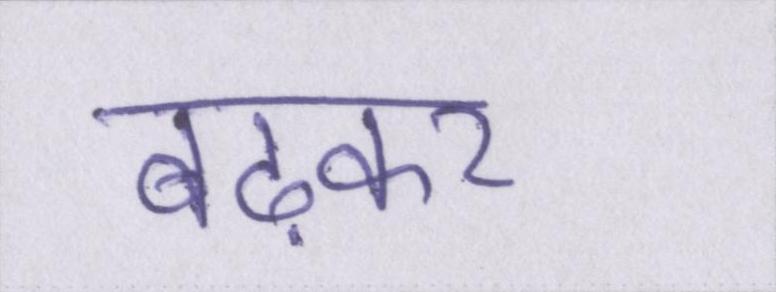
बढ़कर